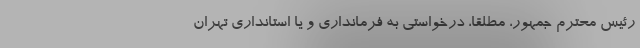
رئیس محترم جمهور، مطلقاً، درخواستی به فرمانداری و یا استانداری تهران